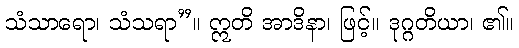
သံသာရော၊ သံသရာ”။ ဣတိ အာဒိနာ၊ ဖြင့်။ ဒုဂ္ဂတိယာ၊ ၏။